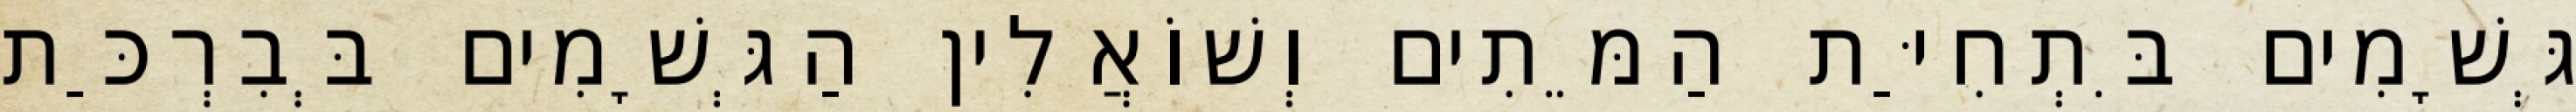
גְּשָׁמִים בִּתְחִיַּת הַמֵּתִים וְשׁוֹאֲלִין הַגְּשָׁמִים בְּבִרְכַּת